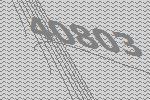
40803